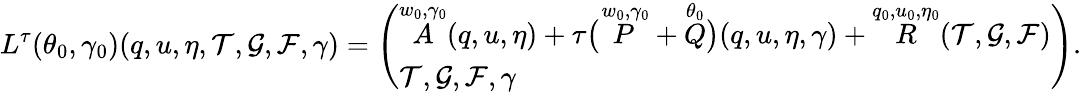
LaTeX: L^{\tau}(\theta_{0},\gamma_{0})(q,u,\eta,\mathcal{T},\mathcal{G},\mathcal{F},\gamma)=\left(\begin{array}{l}{\overset{w_{0},\gamma_{0}}{A}(q,u,\eta)+\tau\big(\overset{w_{0},\gamma_{0}}{P}+\overset{\theta_{0}}{Q}\big)(q,u,\eta,\gamma)+\overset{q_{0},u_{0},\eta_{0}}{R}(\mathcal{T},\mathcal{G},\mathcal{F})}\\ {\mathcal{T},\mathcal{G},\mathcal{F},\gamma}\end{array}\right).